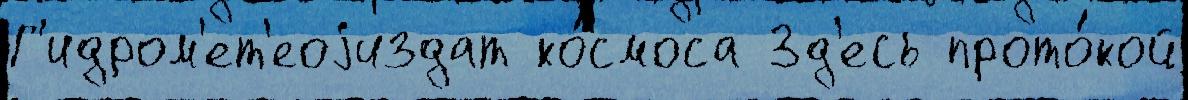
Г'идром'ет'еоjиздат ко́смоса Зд'есь прото́кой